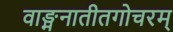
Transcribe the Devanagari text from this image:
वाङ्मनातीतगोचरम्